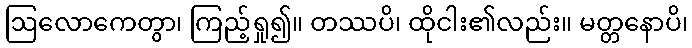
ဩလောကေတွာ၊ ကြည့်ရှု၍။ တဿပိ၊ ထိုငါး၏လည်း။ မတ္တနောပိ၊